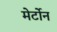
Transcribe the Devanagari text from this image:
मेर्टोन